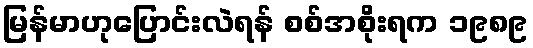
မြန်မာဟုပြောင်းလဲရန် စစ်အစိုးရက ၁၉၈၉